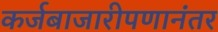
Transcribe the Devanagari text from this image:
कर्जबाजारीपणानंतर